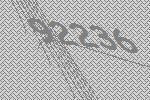
92236